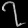
Digit: ၇